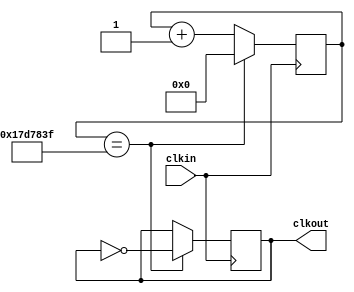
/* Creacion de un modulo Divisor para el clock de 50MHz que posee 
 * la tarjeta de pruebas EP2C5T144 Cyclone II, para conectar un LED
 * con destello cada medio segundo 500ms 
 * Fosc=50Mhz -> Tosc=20ns se requiere 500ms -> 500ms / 20ns = 25000000
 */
module divisor(clkin, clkout);
  input clkin;
  output clkout;
  reg [24:0] contador = 0; //2e25 = 33554432
  reg pulso = 0;
always @(posedge clkin)
  begin
  if(contador == (25000000-1)) 
    begin
    contador = 0;
    pulso = ~pulso; //Oscilacion de salida
    end
  else
  contador = contador +1;
  end
  assign clkout = pulso;
endmodule